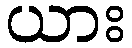
ယား